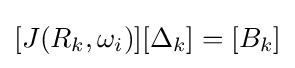
[J(R_{k},\omega _{i})][\Delta _{k}]=[B_{k}]